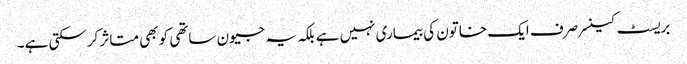
بریسٹ کینسر صرف ایک خاتون کی بیماری نہیں ہے بلکہ یہ جیون ساتھی کو بھی متاثر کرسکتی ہے۔